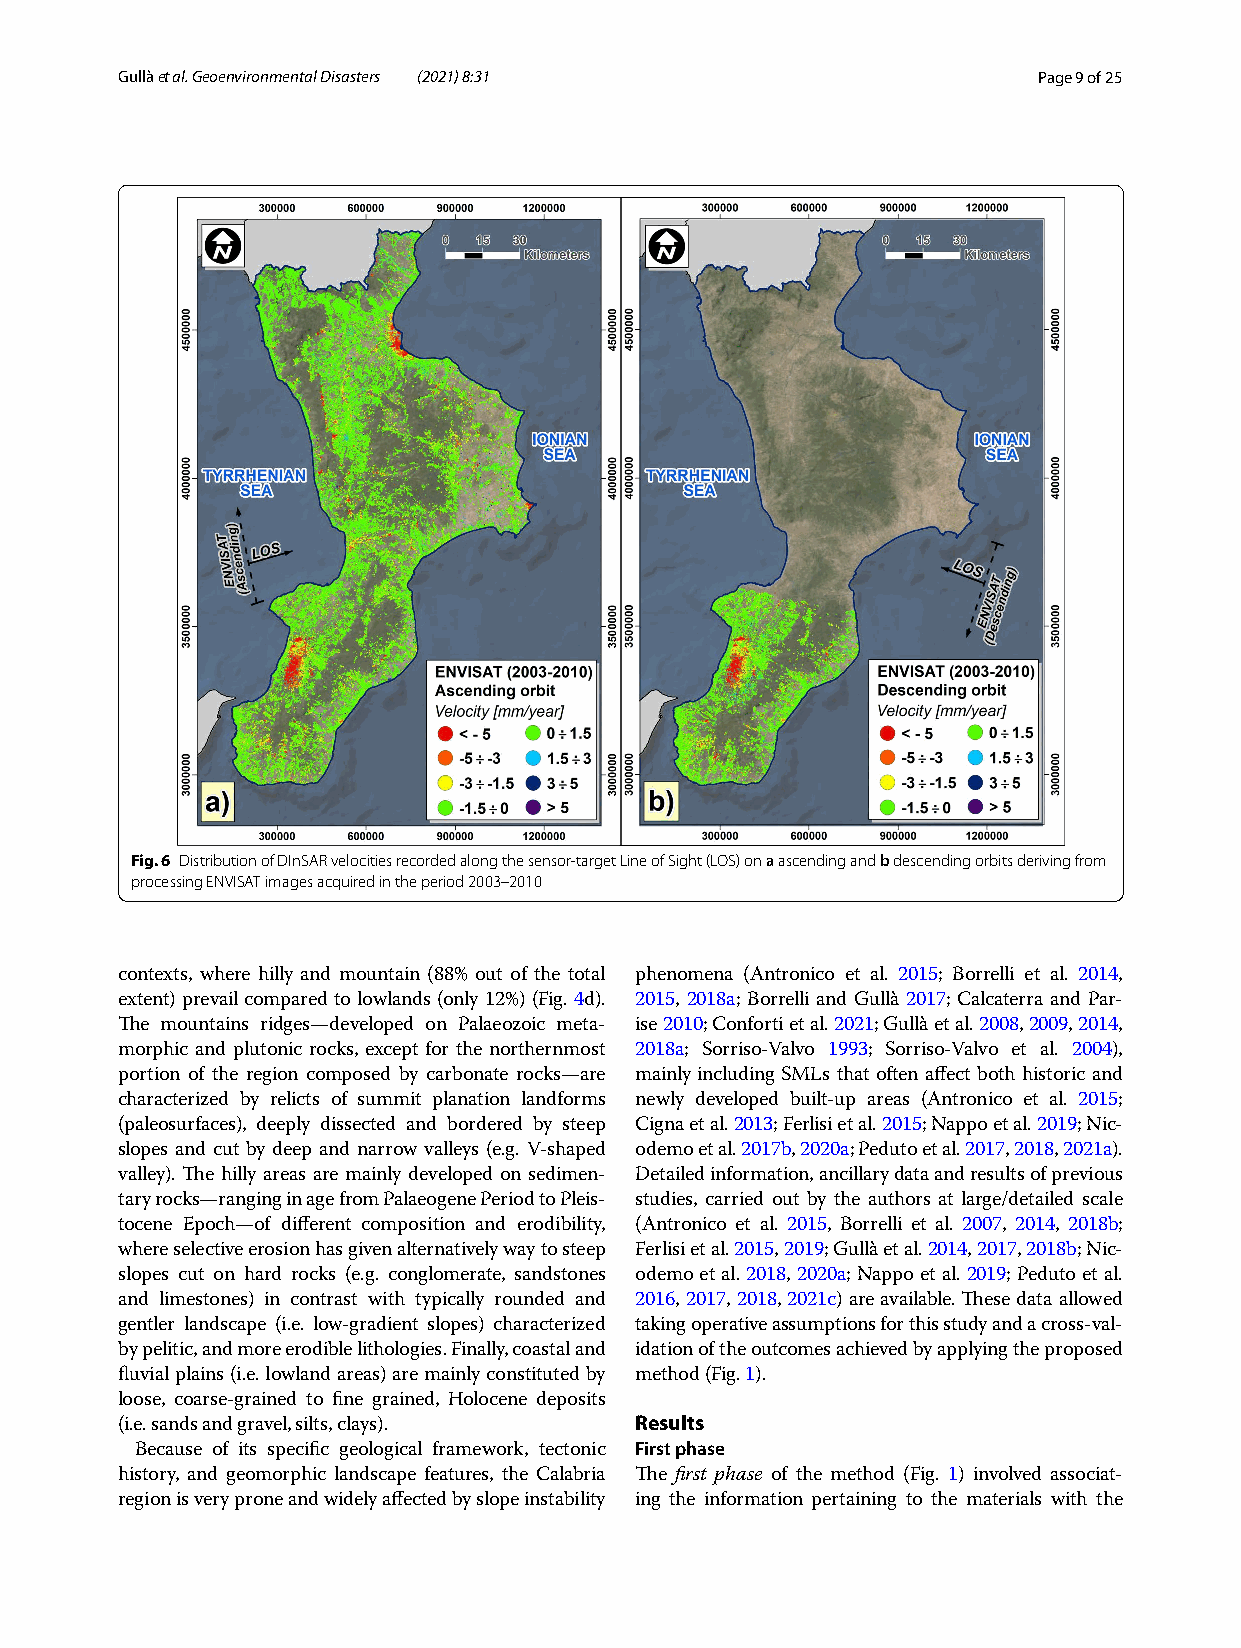
G ullà et al. Geoenvironmental Disasters (2021) 8:31         Page 9 of 25
 Fig. 6 Distribution of DInSAR velocities recorded along the sensor-target Line of Sight (LOS) on a ascending and b descending orbits deriving from
 processing ENVISAT images acquired in the period 2003–2010
 contexts, where hilly and mountain (88% out of the total phenomena (Antronico et al. 2015; Borrelli et al. 2014,
 extent) prevail compared to lowlands (only 12%) (Fig. 4d). 2015, 2018a; Borrelli and Gullà 2017; Calcaterra and Par-
 The mountains ridges—developed on Palaeozoic meta- ise 2010; Conforti et al. 2021; Gullà et al. 2008, 2009, 2014,
 morphic and plutonic rocks, except for the northernmost 2018a; Sorriso-Valvo 1993; Sorriso-Valvo et al. 2004),
 portion of the region composed by carbonate rocks—are mainly including SMLs that often affect both historic and
 characterized by relicts of summit planation landforms newly developed built-up areas (Antronico et al. 2015;
 (paleosurfaces), deeply dissected and bordered by steep Cigna et al. 2013; Ferlisi et al. 2015; Nappo et al. 2019; Nic-
 slopes and cut by deep and narrow valleys (e.g. V-shaped odemo et al. 2017b, 2020a; Peduto et al. 2017, 2018, 2021a).
 valley). The hilly areas are mainly developed on sedimen- Detailed information, ancillary data and results of previous
 tary rocks—ranging in age from Palaeogene Period to Pleis- studies, carried out by the authors at large/detailed scale
 tocene Epoch—of different composition and erodibility, (Antronico et al. 2015, Borrelli et al. 2007, 2014, 2018b;
 where selective erosion has given alternatively way to steep Ferlisi et al. 2015, 2019; Gullà et al. 2014, 2017, 2018b; Nic-
 slopes cut on hard rocks (e.g. conglomerate, sandstones odemo et al. 2018, 2020a; Nappo et al. 2019; Peduto et al.
 and limestones) in contrast with typically rounded and 2016, 2017, 2018, 2021c) are available. These data allowed
 gentler landscape (i.e. low-gradient slopes) characterized taking operative assumptions for this study and a cross-val-
 by pelitic, and more erodible lithologies. Finally, coastal and idation of the outcomes achieved by applying the proposed
 fluvial plains (i.e. lowland areas) are mainly constituted by method (Fig. 1).
 loose, coarse-grained to fine grained, Holocene deposits
 Results
 (i.e. sands and gravel, silts, clays).
 Because of its specific geological framework, tectonic First phase
 history, and geomorphic landscape features, the Calabria The first phase of the method (Fig. 1) involved associat-
 region is very prone and widely affected by slope instability ing the information pertaining to the materials with the